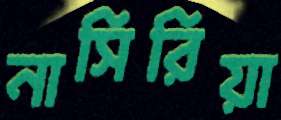
নাসিরিয়া